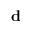
\textbf { d }